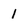
Character: 1